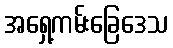
အရှေ့ကမ်းခြေဒေသ